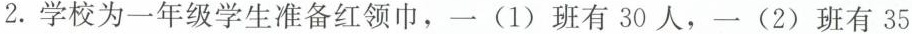
2.学校为一年级学生准备红领巾，一(1)班有30人，一(2)班有35